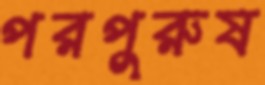
পরপুরুষ